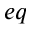
_ { e q }